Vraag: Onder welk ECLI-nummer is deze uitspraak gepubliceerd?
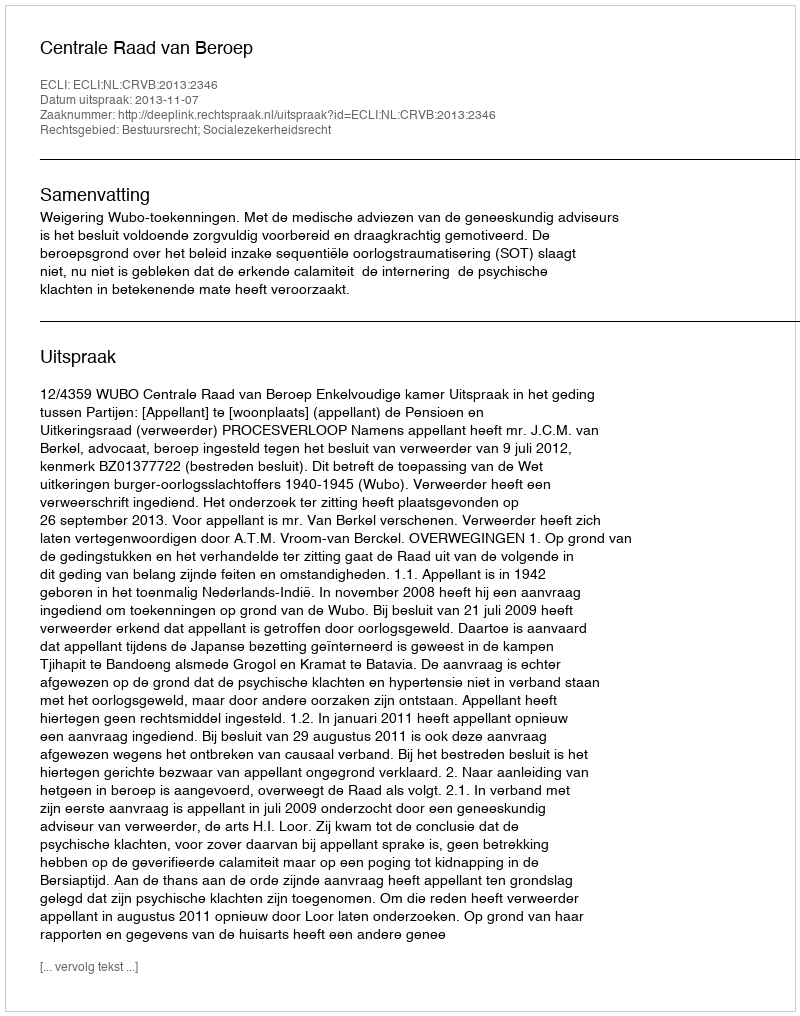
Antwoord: ECLI:NL:CRVB:2013:2346